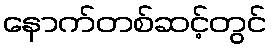
နောက်တစ်ဆင့်တွင်